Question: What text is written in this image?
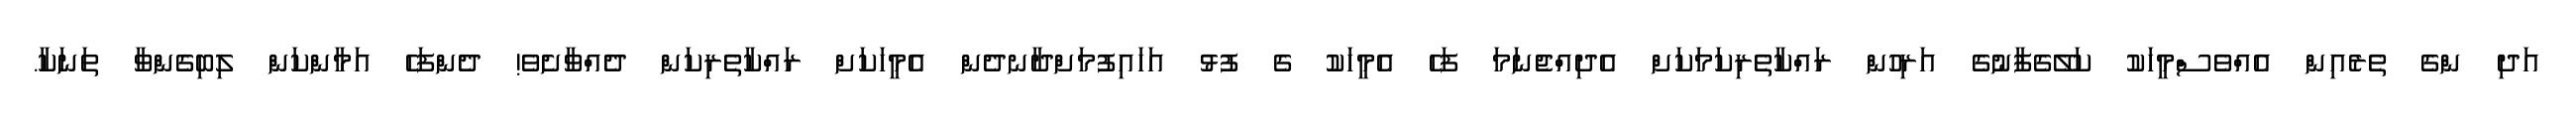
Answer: އަދި ންގެ ތެރެއިން އެއްވެސްމީހަކު ކަލޭގެފާނުގެ އަރިހުން ރައްކާތެރިކަމަކަށް އެދިއްޖެނަމަ ފަހެ އެމީހަކު ގެ ފުޅު އަހައިފުމަށްދާނދެން އެމީހަކަށް ރައްކާތެރިކަން ދެއްވާށެވެ! ދެންފަހެ އަމާންކަން ލިބިގެންވާ ތަނަކާ.